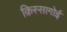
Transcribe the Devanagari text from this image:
क़िस्सागोई